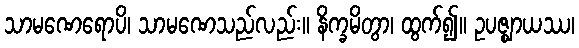
သာမဏေရောပိ၊ သာမဏေသည်လည်း။ နိက္ခမိတွာ၊ ထွက်၍။ ဥပဇ္ဈာယဿ၊